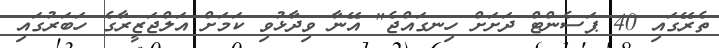
ތެރޭގައި 40 ޕަސެންޓް ދަށަށް ހިނގައްޖެ" އޭނާ ވިދާޅުވި ކަމަށް އަލްޖަޒީރާގެ ހަބަރުގައި